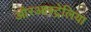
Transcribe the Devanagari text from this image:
औरआस्ट्रेलिया